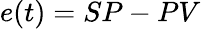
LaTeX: e(t)=SP-PV